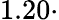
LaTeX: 1.20\cdot